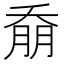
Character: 𭑚